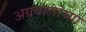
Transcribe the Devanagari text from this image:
अग्रवालांच्या